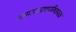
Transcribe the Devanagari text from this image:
जनगणपथपरिचायक